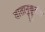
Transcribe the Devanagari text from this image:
वातानुकूतील